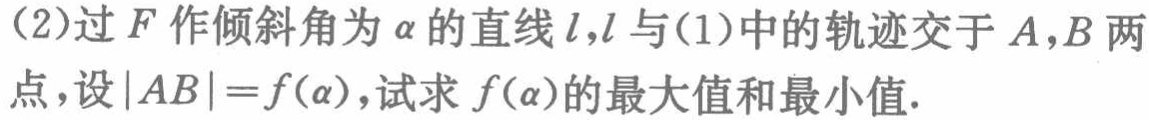
(2)过\(F\)作倾斜角为\(\alpha\)的直线\(l\)，\(l\)与(1)中的轨迹交于\(A,B\)两点，设\(\vert AB\vert = f(\alpha)\)，试求\(f(\alpha)\)的最大值和最小值.